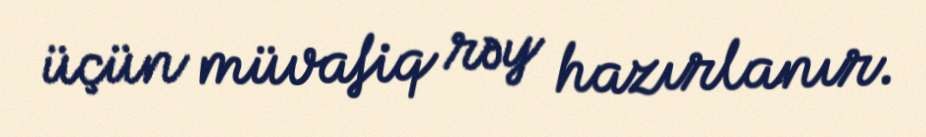
üçün müvafiq rəy hazırlanır.